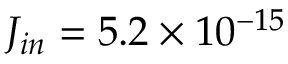
J _ { i n } = 5 . 2 \times 1 0 ^ { - 1 5 }